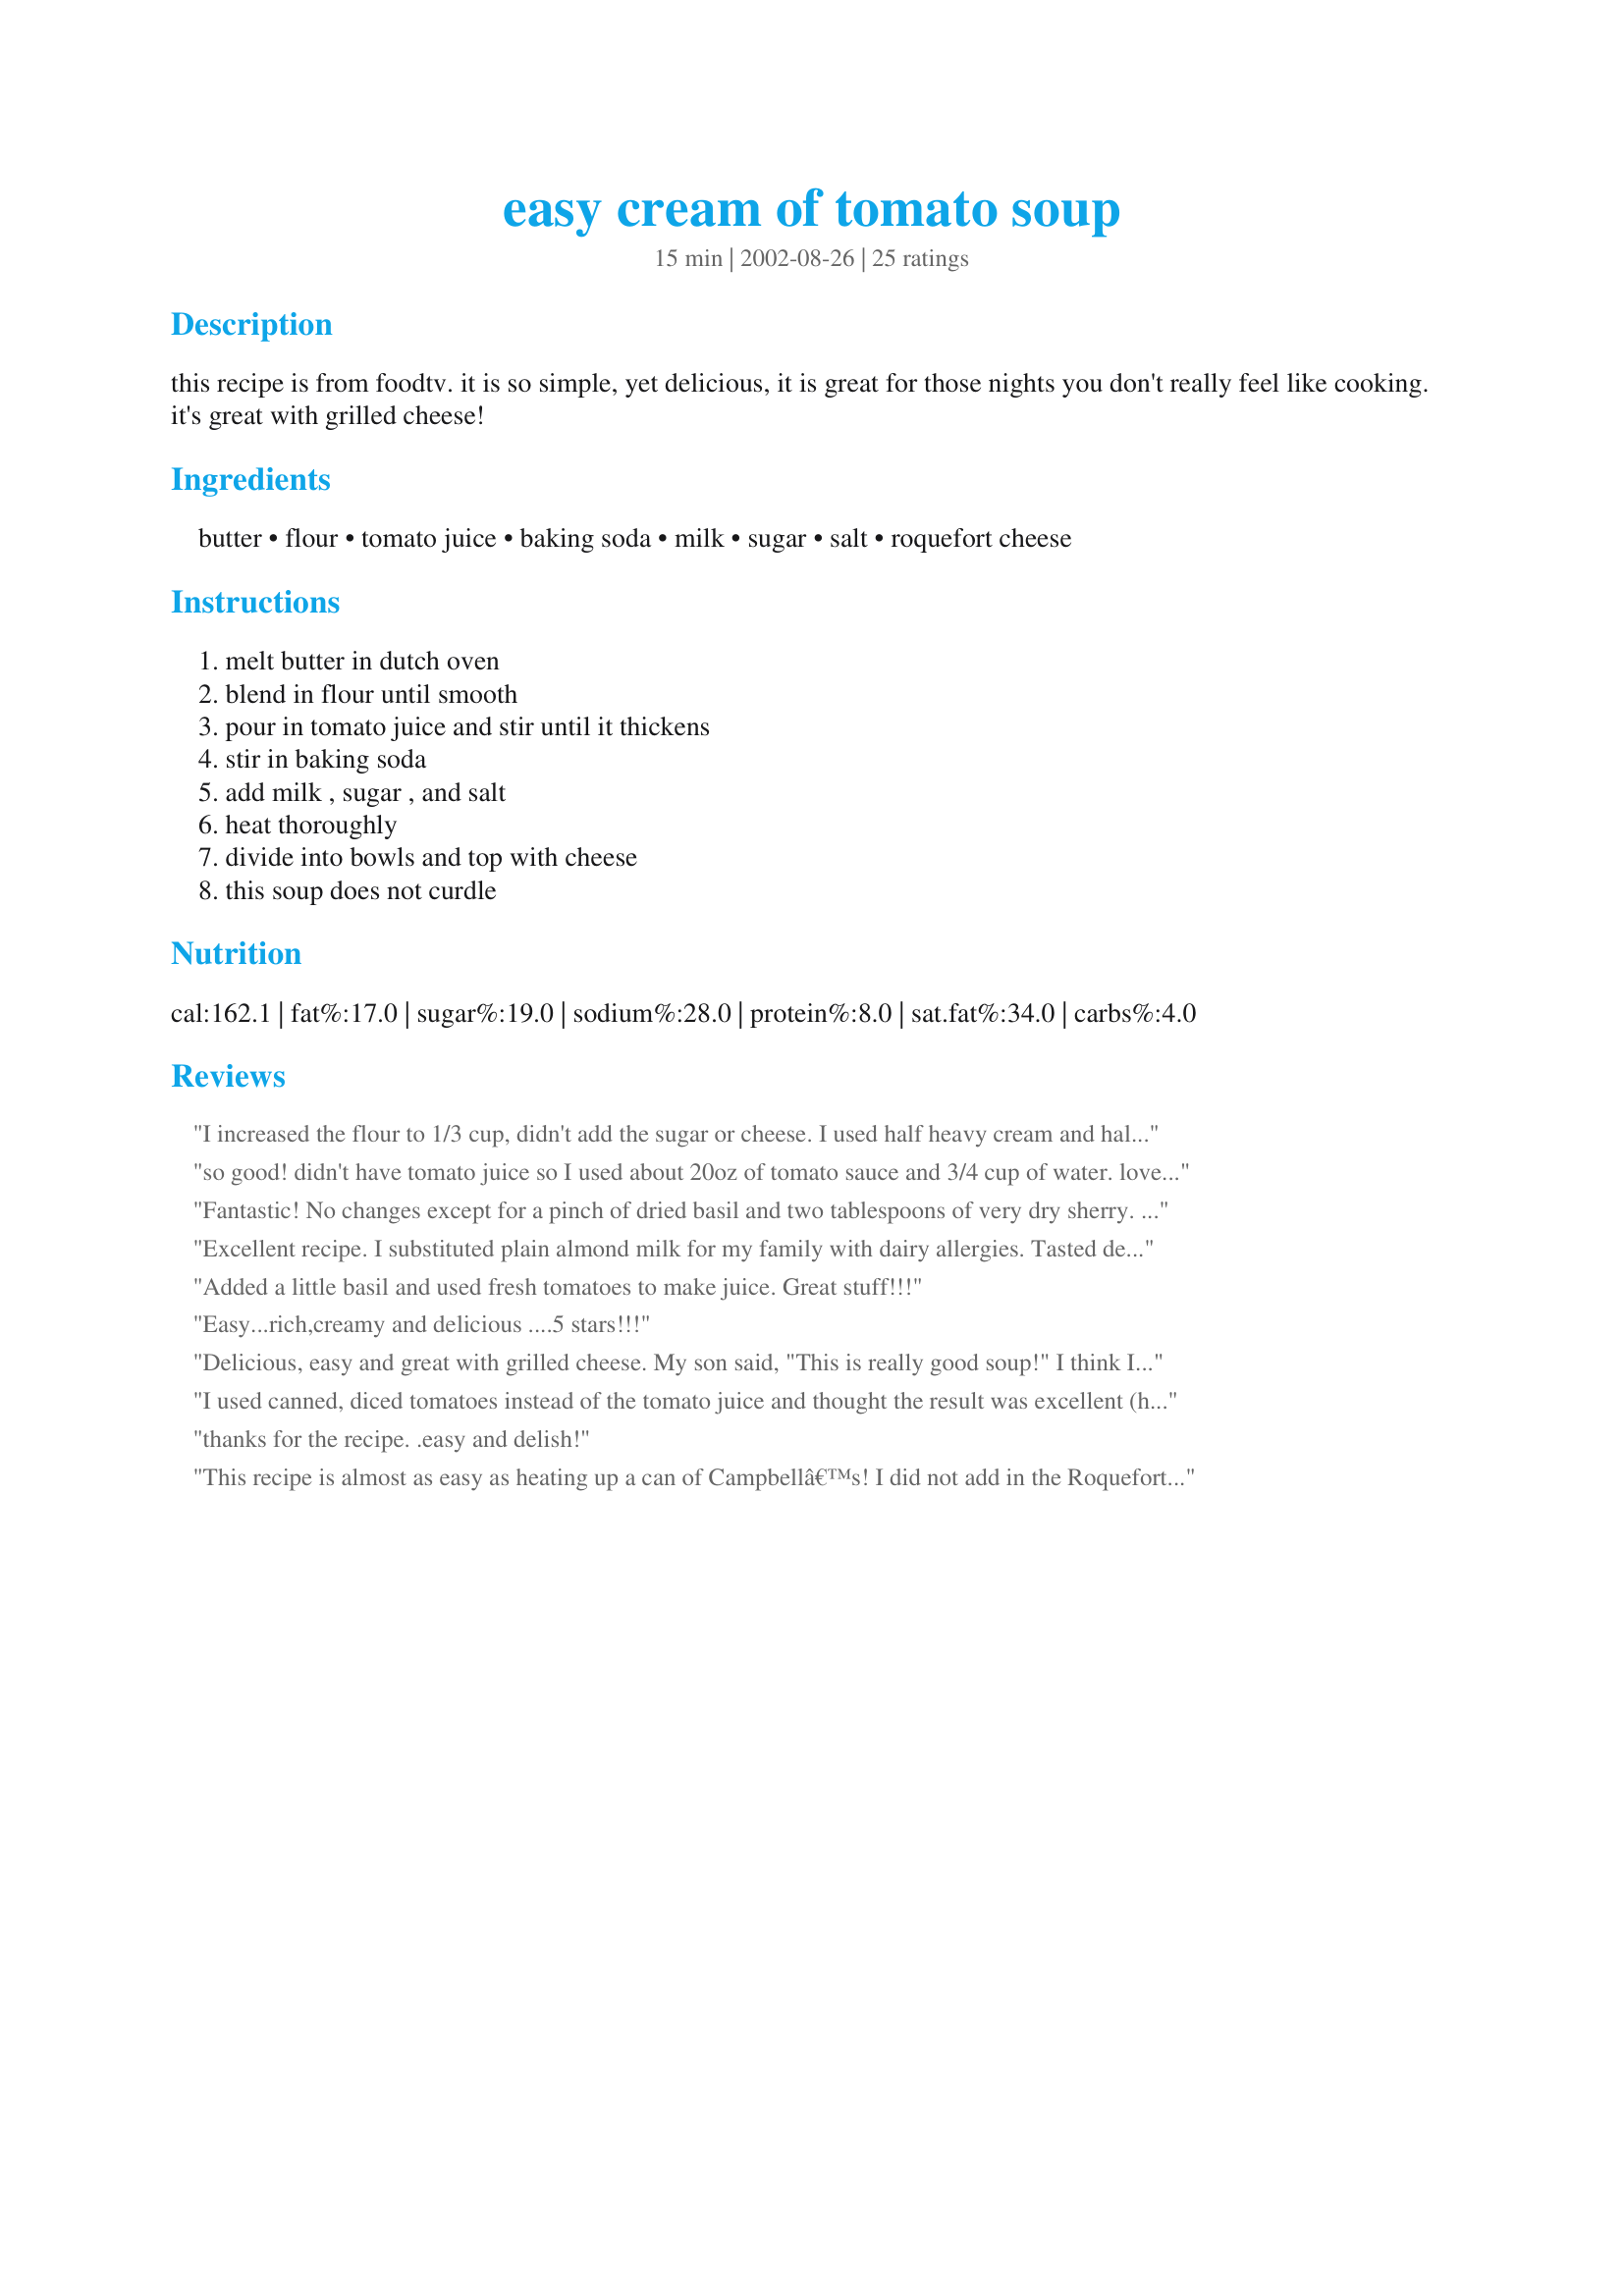
easy cream of tomato soup
Preparation time: 15 minutes

this recipe is from foodtv. it is so simple, yet delicious, it is great for those nights you don't really feel like cooking. it's great with grilled cheese!

Ingredients:
butter, flour, tomato juice, baking soda, milk, sugar, salt, roquefort cheese

Steps:
melt butter in dutch oven, blend in flour until smooth, pour in tomato juice and stir until it thickens, stir in baking soda, add milk , sugar , and salt, heat thoroughly, divide into bowls and top with cheese, this soup does not curdle

Reviews:
I increased the flour to 1/3 cup, didn't add the sugar or cheese. I used half heavy cream and half milk. Also I added 4 tbls of tomato paste. I also used my home canned tomato juice. It was delicious. Thanks for the recipe.
so good! didn't have tomato juice so I used about 20oz of tomato sauce and 3/4 cup of water. love how you can controll the salt! so easy I will not be buying a can of cambells! thankst for posting.
Fantastic! No changes except for a pinch of dried basil and two tablespoons of very dry sherry. Tomato soup and BLT&#039;s for dinner while watching Monday night football.
Excellent recipe. I substituted plain almond milk for my family with dairy allergies. Tasted delicious!
Added a little basil and used fresh tomatoes to make juice. Great stuff!!!
Easy...rich,creamy and delicious ....5 stars!!!
Delicious, easy and great with grilled cheese. My son said, "This is really good soup!" I think I'd use a little less milk next time but other than that - awesome!
I used canned, diced tomatoes instead of the tomato juice and thought the result was excellent (halved the recipe and used a 14.5 oz can).
thanks for the recipe. .easy and delish!
This recipe is almost as easy as heating up a can of Campbellâ€™s! I did not add in the Roquefort cheese because I did not have any on hand. I did add in a tsp of basil and a tsp of oregano which gave it a little kick. My husband loved it so I will definitely be making it again. Thanks for sharing!
This soup was so good! As suggested, I did use a bit more flour to make a thicker soup(probably about 1/3 cup). I also added some basil to the soup, which gave it a nice spin. Instead of serving with cheese, I served with Cheeze-Its, as I like a little crunch in my soup, and the crackers made it even more delicious! I will be making this again.
YUM!!!! tried another version of cream of tomato soup and it curdled, made it again following strict instructions and it still curdled. This one was so easy and SUPER delicious! I used a cup of milk and a cup of half and half instead of 3 cups of milk. NEVER going back to campbells!
Yum! I added a bit of basil, oregano and parley. I will use less milk next time, but I will definitely make this again and again.
&quot;Wow&quot; is all I can say,,,,how did I live this 60 years and never knew making tomato soup was so easy and delish! I always Can my juice and have plenty on hand. I added a little more flour to make it thicker but other than that followed the recipe. Txs for a great recipe!
Like my soup thicker, used 1/3 cup of flour. For a change of pace tried V8 juice instead of tomato juice. Wonderful
Simply out of this world! I scaled this down all the way to 1 serving without any problems. I only realised what the baking soda was for once my mom explained it to me! It's pretty amazing that such a small amount of soda can keep the soup from curdling! :-) I had this with homemade garlic bread and fruit for a gorgeous dinner. This recipe is great when you have a cold, because you can smell all the wonderful aromas even through a blocked nose! Thanks Suzette!
I did not at the cheese, but otherwise followed the recipe. Wow! this was great! My mom cans tomato soup sometimes, and it tasted just like hers! Very good on a cold day with grilled cheese sandwiches!
it is great! however I do like a more tomatoie soup, so I use 1 1/2 milk instead.
thanks!
Yummy! Especially w/grilled cheese sammies!
We love this and have given the recipe to friends, also with spectacular reviews.
This was delicious!!!

I added onions because I thought that tomatoes and onions go together. Don't make the same mistake as I did!

Loved it!

-Aarti
I used pureed canned tomatoes and about a cup of marinara (no tomato juice around). My 16 yo son said it's Better than Campbell's! I think so too. And it is truly easy.
I've got a cold, and I was in the mood for something to get rid of the chills. This was so quick and easy and did what it was supposed to do, warm me up. 
I also used pureed canned tomatoes and 1 1/2 cans of tomato sauce. It was wonderful. Deffinately a keeper.
This is the easiest tomato soup and it DOES not curdle !! Great recipe, THANKS for sharing !!!
I whipped this up between coming home from work and going to a party for our Sunday school class, which is where it was enjoyed thoroughly. We were rather heavy on the dessert dishes at the party, so I was happy I had also brought this soup to go with the salad, pizza and garlic bread. A wonderful flavored, yet light soup. I'm trying to decide how to tweak it the next time, how to make it different, not better, just different. Nuuuummmmy. And simple to make.
